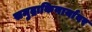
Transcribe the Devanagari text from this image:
समुद्राकिनार्यावर